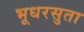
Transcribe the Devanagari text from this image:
भूधरसुता